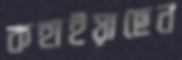
কহাইয়াছেন